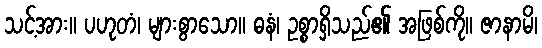
သင့်အား။ ပဟုတံ၊ များစွာသော။ ဓနံ၊ ဥစ္စာရှိသည်၏ အဖြစ်ကို။ ဇာနာမိ၊